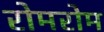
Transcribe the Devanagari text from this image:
रोमरोम